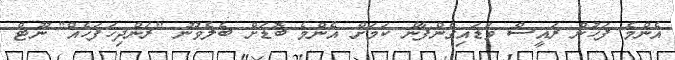
އެންމެ ފަހުން ރައީސް ވަޑައިގެންފާނެ ކަމަށް އެންމެ ބޮޑަށް ބެލެވުނު "ރަންދިހަފަހެއް" ނޫޓް